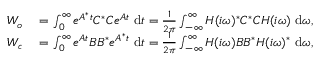
\begin{array} { r l } { \b { W _ { o } } } & { { } = \int _ { 0 } ^ { \infty } e ^ { \b { A } ^ { * } t } \b { C } ^ { * } \b { C } e ^ { \b { A } t } ~ \mathrm { d } t = \frac { 1 } { 2 \pi } \int _ { - \infty } ^ { \infty } \b { H } ( i \omega ) ^ { * } \b { C } ^ { * } \b { C } \b { H } ( i \omega ) ~ \mathrm { d } \omega , } \\ { \b { W _ { c } } } & { { } = \int _ { 0 } ^ { \infty } e ^ { \b { A } t } \b { B } \b { B } ^ { * } e ^ { \b { A } ^ { * } t } ~ \mathrm { d } t = \frac { 1 } { 2 \pi } \int _ { - \infty } ^ { \infty } \b { H } ( i \omega ) \b { B } \b { B } ^ { * } \b { H } ( i \omega ) ^ { * } ~ \mathrm { d } \omega , } \end{array}